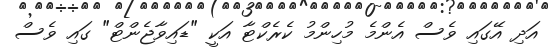
އަދި އޭގައި ވެސް އެންމެ މުހިންމު ކެރެކްޓާ އަކީ "ޑައިވާޖެންޓް" ގައި ވެސް